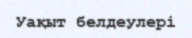
Уақыт белдеулері